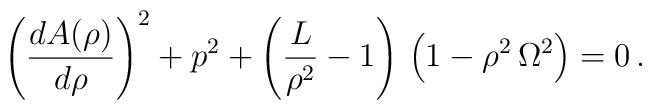
\left({{d{A(\rho)} \over d\rho}}\right)^{2} + p^2 +\left( {L \over {\rho}^{2}} - 1\right)\,\left(1 - {\rho}^{2}\,{\Omega}^{2}\right) = 0\, .